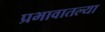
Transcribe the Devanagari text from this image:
प्रभावातल्या